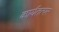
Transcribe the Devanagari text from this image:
कार्यतत्‍पर